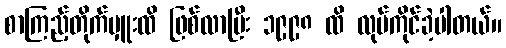
စာကြည့်တိုက်မှူးထိ ဖြစ်လာပြီး ၁၉၉၈ ထိ လုပ်ကိုင်ခဲ့ပါတယ်။